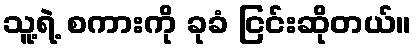
သူ့ရဲ့ စကားကို ခုခံ ငြင်းဆိုတယ်။